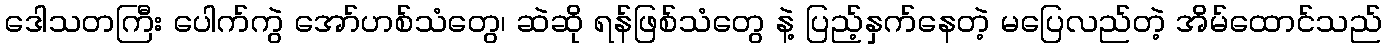
ဒေါသတကြီး ပေါက်ကွဲ အော်ဟစ်သံတွေ၊ ဆဲဆို ရန်ဖြစ်သံတွေ နဲ့ ပြည့်နှက်နေတဲ့ မပြေလည်တဲ့ အိမ်ထောင်သည်